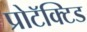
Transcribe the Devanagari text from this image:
प्रोटॅक्टिड